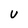
Character: u